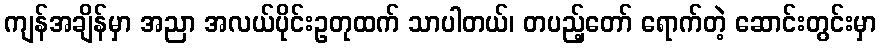
ကျန်အချိန်မှာ အညာ အလယ်ပိုင်းဥတုထက် သာပါတယ်၊ တပည့်တော် ရောက်တဲ့ ဆောင်းတွင်းမှာ